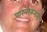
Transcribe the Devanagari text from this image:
पारनेरकरांनी